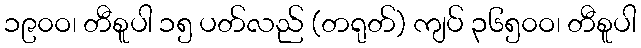
၁၉၀ဝ၊ တီစူပါ ၁၅ ပတ်လည် (တရုတ်) ကျပ် ၃၆၅၀ဝ၊ တီစူပါ